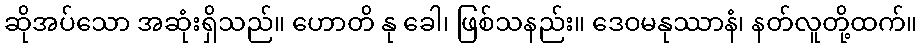
ဆိုအပ်သော အဆုံးရှိသည်။ ဟောတိ နု ခေါ၊ ဖြစ်သနည်း။ ဒေဝမနုဿာနံ၊ နတ်လူတို့ထက်။